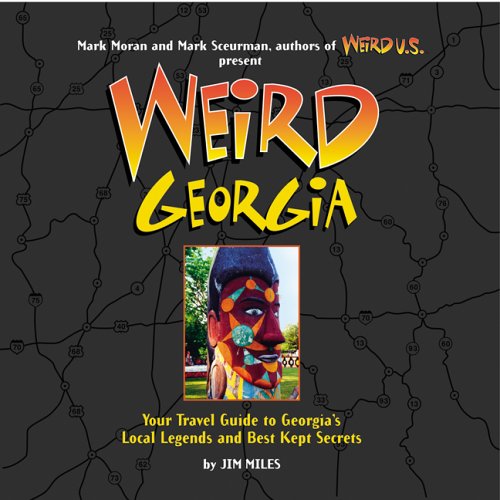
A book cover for Weird Georgia: Your Travel Guide to Georgia's Local Legends and Best Kept Secrets; Jim Miles; Literature & Fiction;